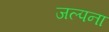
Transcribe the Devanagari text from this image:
जल्पना